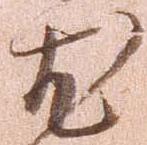
尤